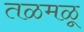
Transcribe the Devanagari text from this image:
तळमळू